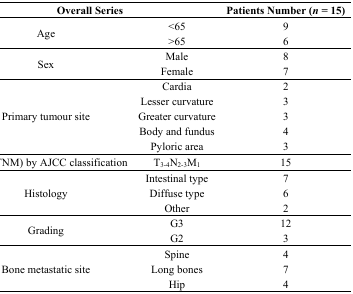
<table><thead><tr><td colspan="2"><b>Overall Series</b></td><td><b>Patients Number (<i>n</i> = 15)</b></td></tr></thead><tbody><tr><td rowspan="2">Age</td><td>&lt;65</td><td>9</td></tr><tr><td>&gt;65</td><td>6</td></tr><tr><td rowspan="2">Sex</td><td>Male</td><td>8</td></tr><tr><td>Female</td><td>7</td></tr><tr><td rowspan="5">Primary tumour site</td><td>Cardia</td><td>2</td></tr><tr><td>Lesser curvature</td><td>3</td></tr><tr><td>Greater curvature</td><td>3</td></tr><tr><td>Body and fundus</td><td>4</td></tr><tr><td>Pyloric area</td><td>3</td></tr><tr><td>Stage (TNM) by AJCC classification</td><td>T<sub>3-4</sub>N<sub>2-3</sub>M<sub>1</sub></td><td>15</td></tr><tr><td rowspan="3">Histology</td><td>Intestinal type</td><td>7</td></tr><tr><td>Diffuse type</td><td>6</td></tr><tr><td>Other</td><td>2</td></tr><tr><td rowspan="2">Grading</td><td>G3</td><td>12</td></tr><tr><td>G2</td><td>3</td></tr><tr><td rowspan="3">Bone metastatic site</td><td>Spine</td><td>4</td></tr><tr><td>Long bones</td><td>7</td></tr><tr><td>Hip</td><td>4</td></tr></tbody></table>